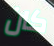
كان